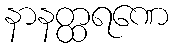
နာနတ္ထရဏေ